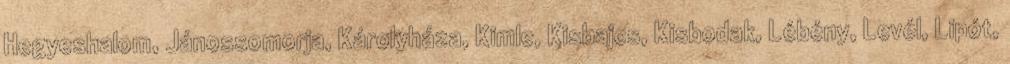
Hegyeshalom, Jánossomorja, Károlyháza, Kimle, Kisbajcs, Kisbodak, Lébény, Levél, Lipót,